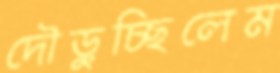
দৌড়ুচ্ছিলেম